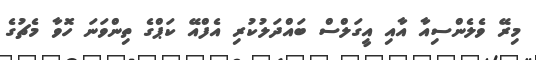
މިރޭ ވެލެންސިއާ އާއި އީގަލްސް ބައްދަލުކުރި އެފްއޭ ކަޕްގެ ތިންވަނަ ހޮވާ މެޗުގެ